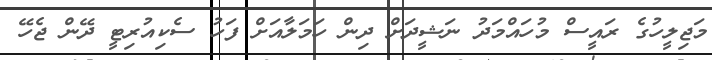
މަޖިލީހުގެ ރައީސް މުހައްމަދު ނަޝީދަށް ދިން ހަމަލާއަށް ފަހު ސެކިއުރިޓީ ދޭން ޖެހޭ